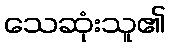
သေဆုံးသူ၏